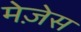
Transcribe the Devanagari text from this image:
मेज़ेस